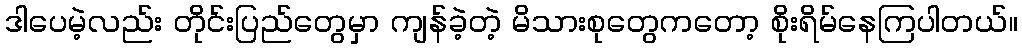
ဒါပေမဲ့လည်း တိုင်းပြည်တွေမှာ ကျန်ခဲ့တဲ့ မိသားစုတွေကတော့ စိုးရိမ်နေကြပါတယ်။